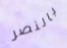
بالنصر